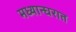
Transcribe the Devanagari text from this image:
मध्यान्घरात